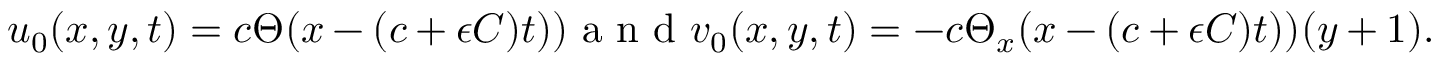
u _ { 0 } ( x , y , t ) = c \Theta ( x - ( c + \epsilon C ) t ) ) \mathrm { ~ a ~ n ~ d ~ } v _ { 0 } ( x , y , t ) = - c \Theta _ { x } ( x - ( c + \epsilon C ) t ) ) ( y + 1 ) .